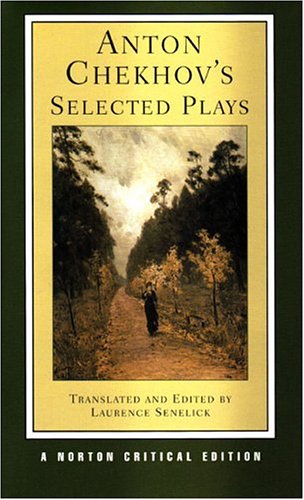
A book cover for Anton Chekhov's Selected Plays (Norton Critical Editions); Anton Chekhov; Literature & Fiction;